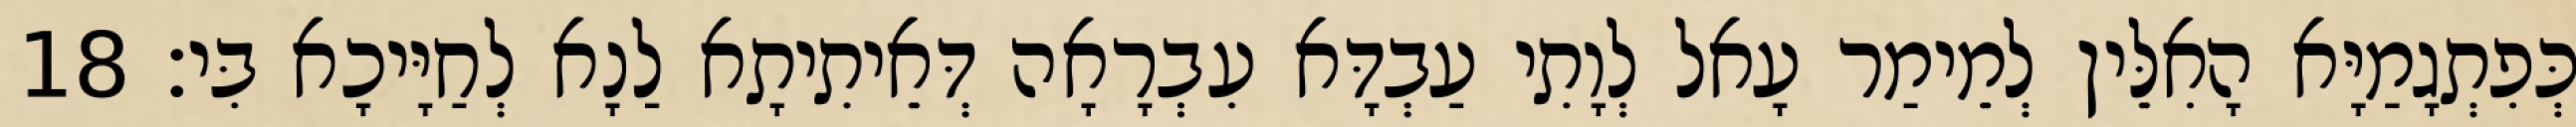
כְּפִתְגָמַיָּא הָאִלֵּין לְמֵימַר עָאל לְוָתִי עַבְדָּא עִבְרָאָה דְּאֵיתִיתָא לַנָא לְחַיָּיכָא בִּי׃ 18